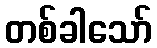
တစ်ခါသော်